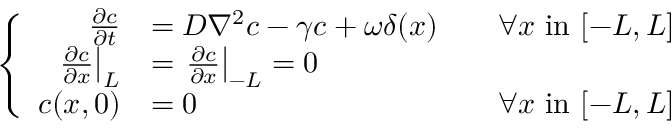
\left\{ \begin{array} { r l r } { \frac { \partial c } { \partial t } } & { = D \nabla ^ { 2 } c - \gamma c + \omega \delta ( x ) } & { \quad \forall x \mathrm { ~ i n ~ } [ - L , L ] } \\ { \left. \frac { \partial c } { \partial x } \right| _ { L } } & { = \left. \frac { \partial c } { \partial x } \right| _ { - L } = 0 } \\ { c ( x , 0 ) } & { = 0 } & { \forall x \mathrm { ~ i n ~ } [ - L , L ] } \end{array} \right.